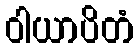
ဝါယာပိတံ